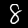
Label: 8